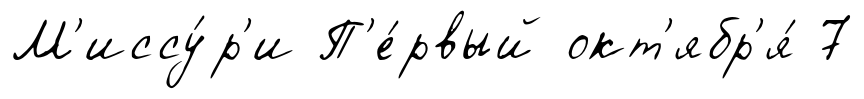
М'иссу́р'и П'е́рвый окт'ябр'я́ 7